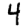
Digit: 4